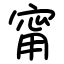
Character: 甯